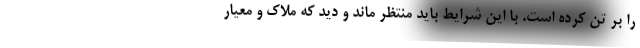
را بر تن کرده است. با این شرایط باید منتظر ماند و دید که ملاک و معیار